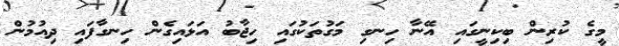
މީގެ ކުރިން ބިކިނީގައި އޭނާ ހިނގި މަގުތަކުގައި ހިޖާބު އަޅައިގެން ހިނގާފައި ދިއުމުން